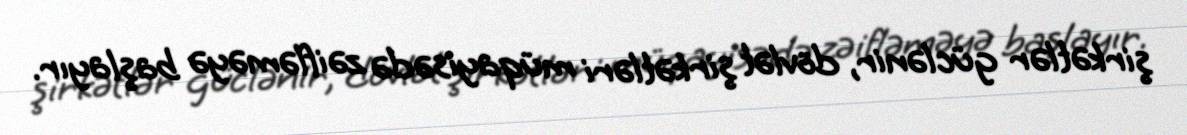
şirkətlər güclənir, dövlət şirkətləri müqayisədə zəifləməyə başlayır.